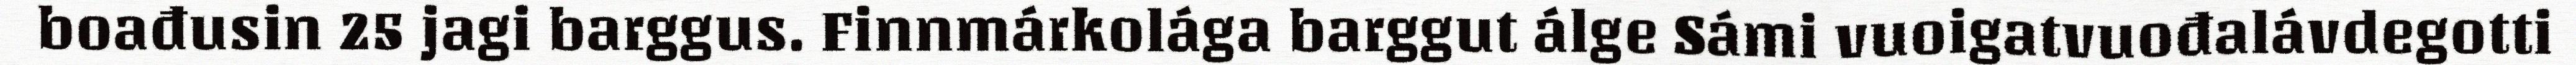
boađusin 25 jagi barggus. Finnmárkolága barggut álge Sámi vuoigatvuođalávdegotti